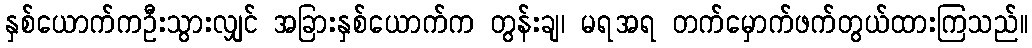
နှစ်ယောက်ကဦးသွားလျှင် အခြားနှစ်ယောက်က တွန်းချ၊ မရအရ တက်မှောက်ဖက်တွယ်ထားကြသည်။